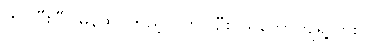
ကဲ၊ ပြီးပြီ။ မှန်ထဲ ကြည့်လိုက်ပါဦး၊ သဘောကျရဲ့လား။